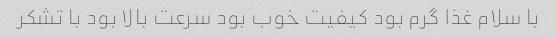
با سلام غذا گرم بود کیفیت خوب بود سرعت بالا بود با تشکر